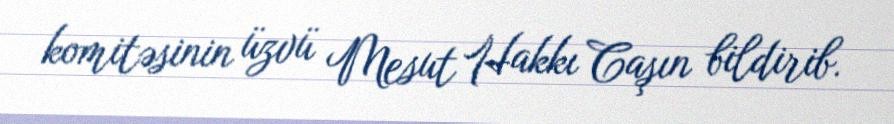
komitəsinin üzvü Mesut Hakkı Caşın bildirib.